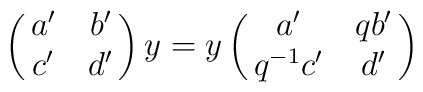
\pmatrix{a'&b'\cr c'&d'}y=y\pmatrix{a'&qb'\cr q^{-1}c'&d'}